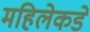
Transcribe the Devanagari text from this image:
महिलेकडे